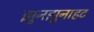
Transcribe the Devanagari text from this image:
झुनझुनाहट